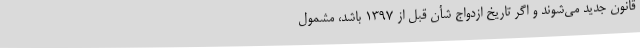
قانون جدید می‌شوند و اگر تاریخ ازدواج شأن قبل از ۱۳۹۷ باشد، مشمول